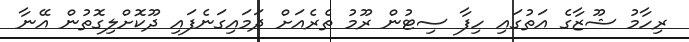
ރިހާމު ޝޫޒާގެ އަތުގައި ހިފާ ސިޓުން ރޫމު ތެރެއަށް ދަމައިގަނެފައި ދޫކޮށްލިގޮތުން އޭނާ